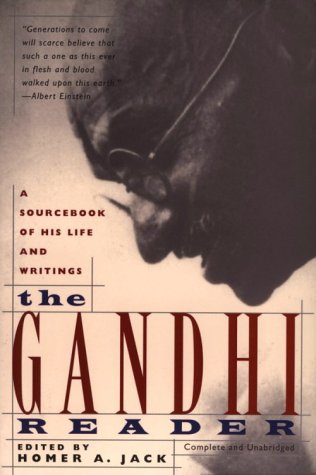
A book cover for The Gandhi Reader: A Sourcebook of His Life and Writings; Religion & Spirituality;